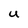
Character: U